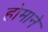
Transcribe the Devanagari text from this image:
होमाने